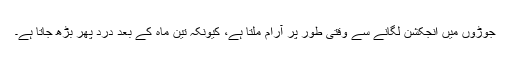
جوڑوں میں انجکشن لگانے سے وقتی طور پر آرام ملتا ہے، کیونکہ تین ماہ کے بعد درد پھر بڑھ جاتا ہے۔